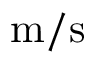
\mathrm { m } / \mathrm { s }